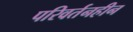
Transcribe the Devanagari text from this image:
परिवर्तनहीन